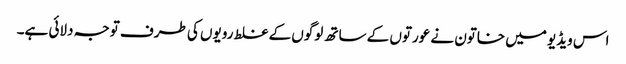
اس ویڈیو میں خاتون نے عورتوں کے ساتھ لوگوں کے غلط رویوں کی طرف توجہ دلائی ہے۔